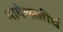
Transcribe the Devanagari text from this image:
नागेश्वरतीर्थ